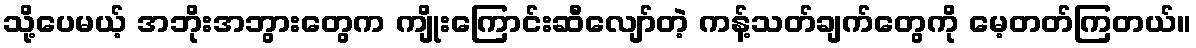
သို့ပေမယ့် အဘိုးအဘွားတွေက ကျိုးကြောင်းဆီလျော်တဲ့ ကန့်သတ်ချက်တွေကို မေ့တတ်ကြတယ်။